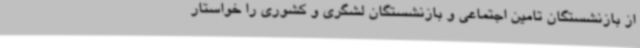
از بازنشستگان تامین اجتماعی و بازنشستگان لشگری و کشوری را خواستار